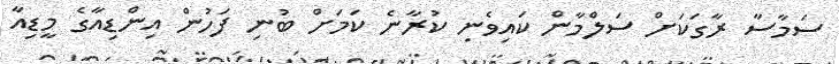
ސަމާސާ ރާގަކަށް ސަލްމާން ކައިވެނި ކުރާނެ ކަމަށް ބުނި ފަހުން އިންޑިއާގެ މީޑިއާ